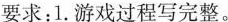
要求：1.游戏过程写完整。